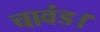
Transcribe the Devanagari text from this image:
चावंड।